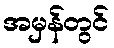
အမှန်တွင်